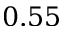
0 . 5 5